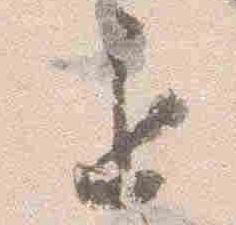
退